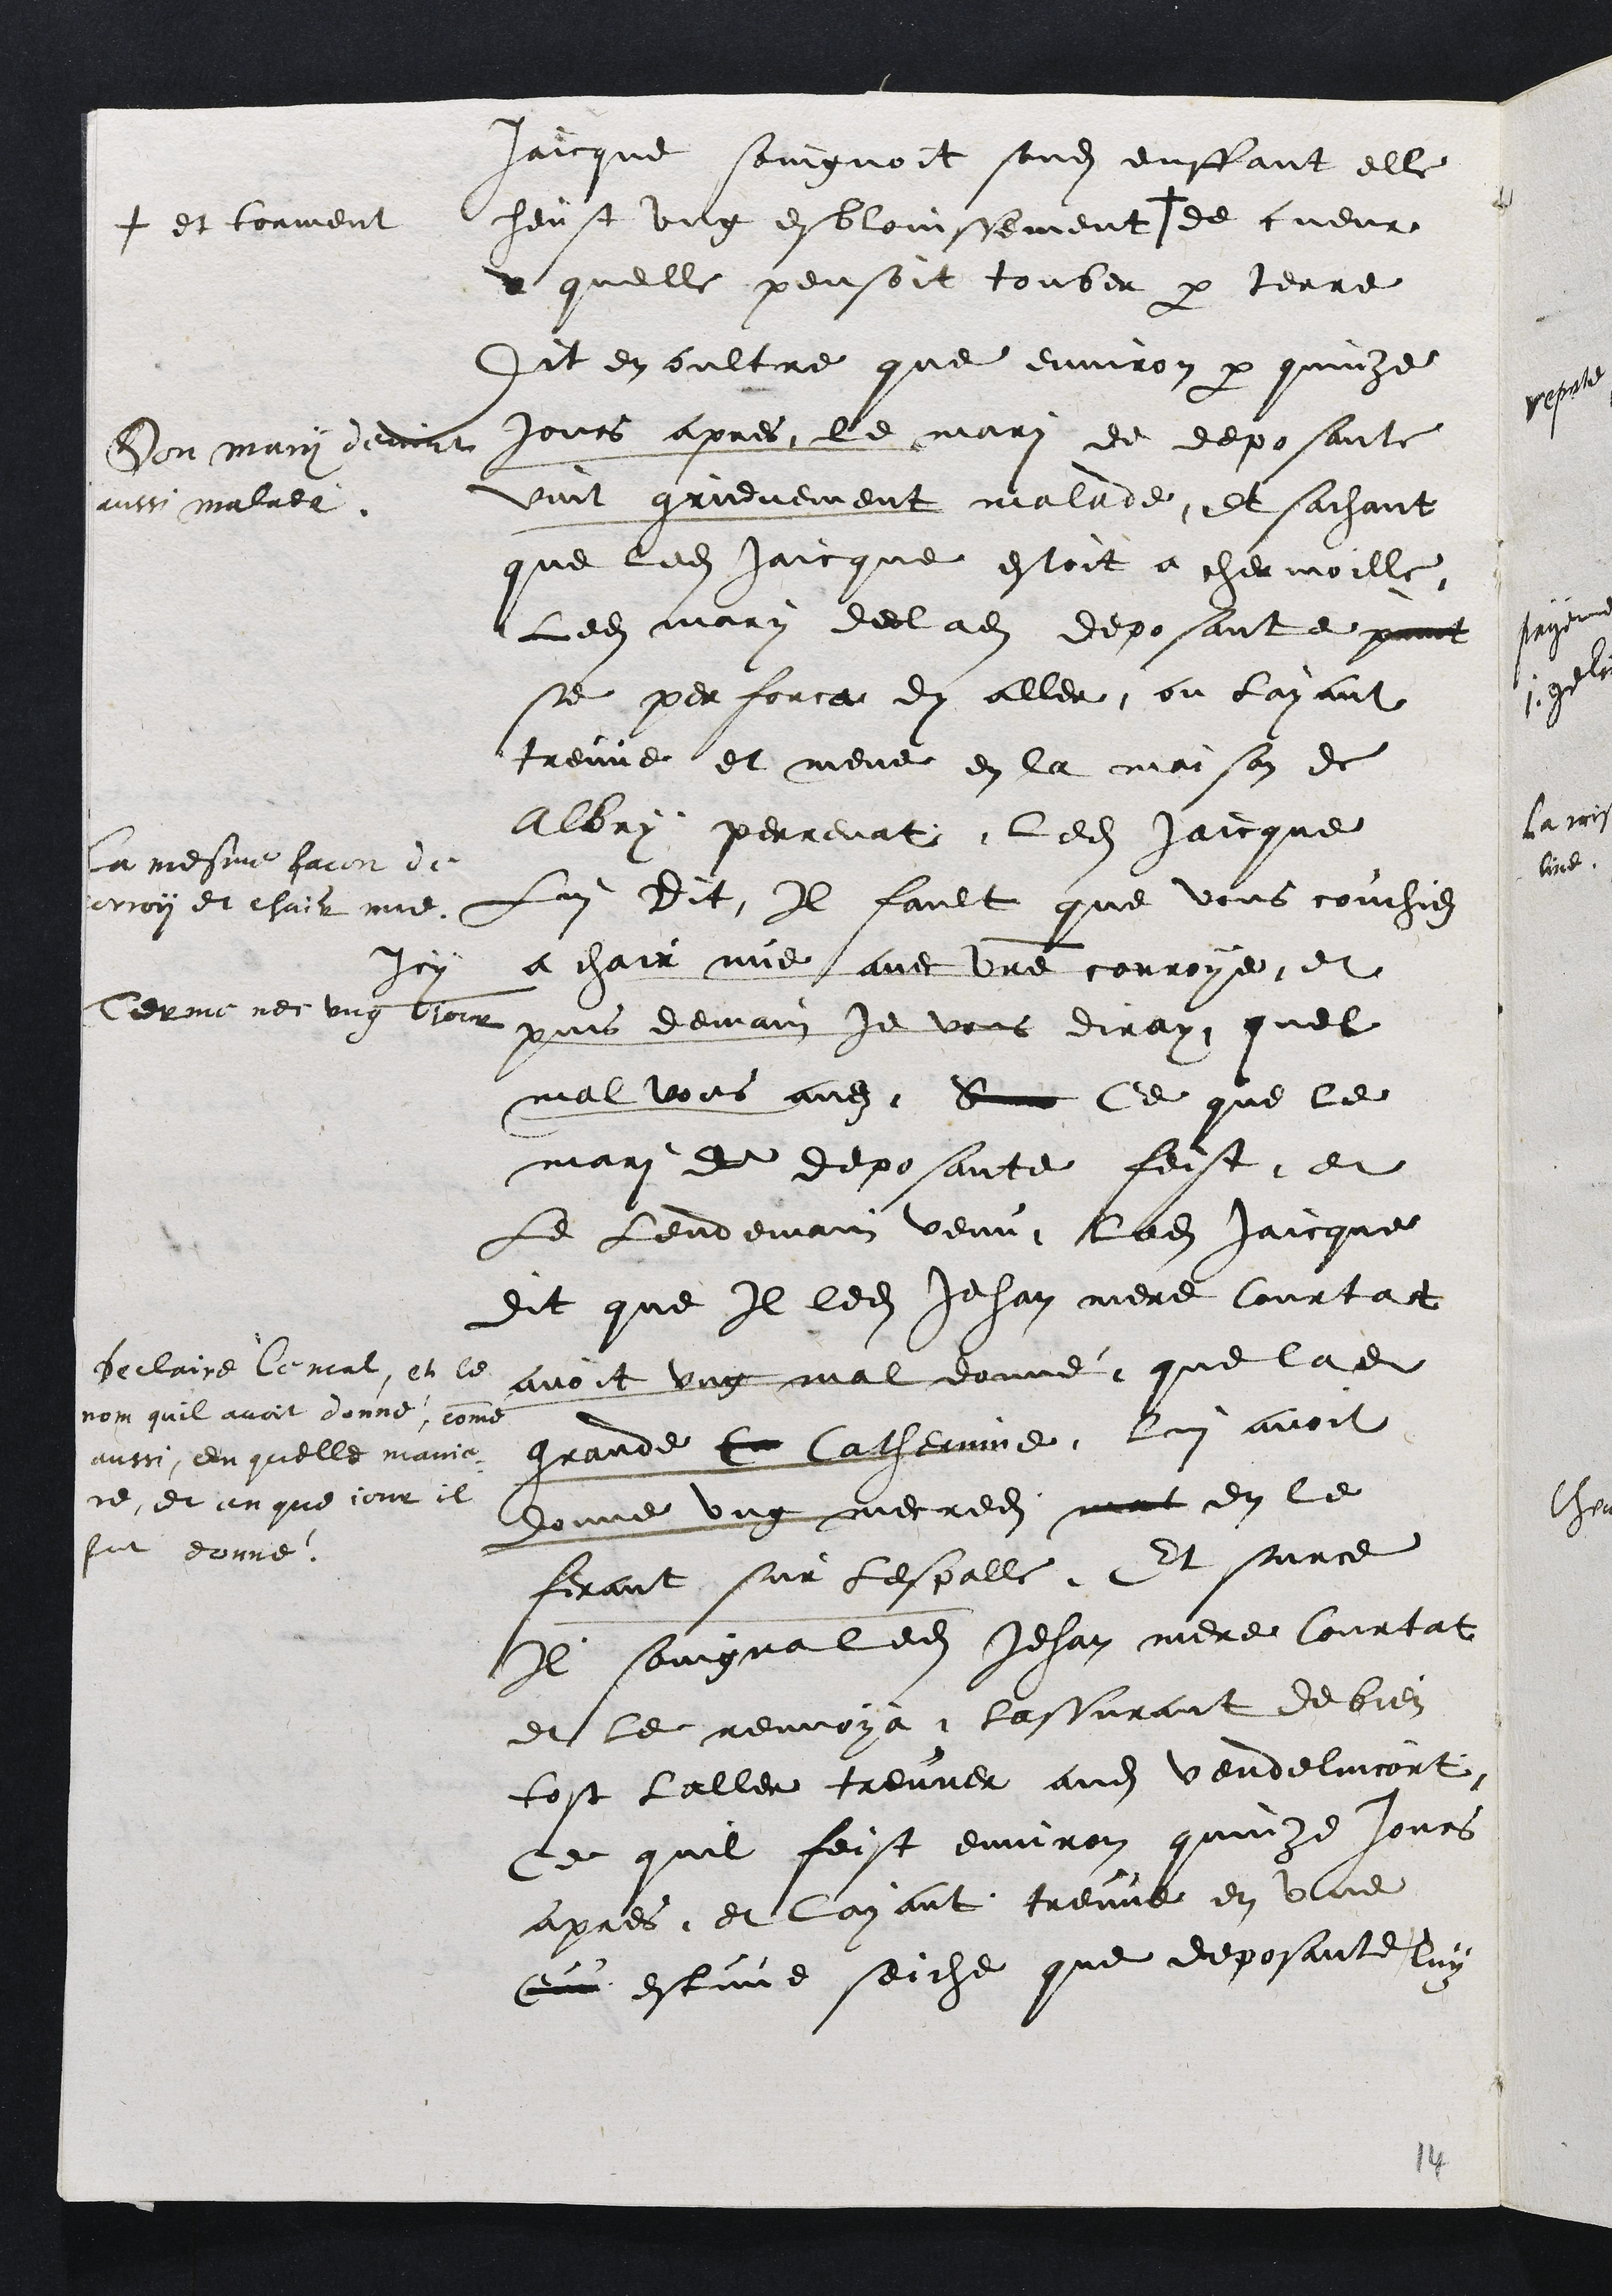
Jaicque soingnoit sondit enffant elle
heust ung esblouissement +
+ et torment
de cueur
quelle pensoit tonber par terre
Son mary devint
aussi malade
Dit en oultre que environ par quinze
jours apres le mari de deposante
vint grievement malade
La mesme facon de
corroy et chair nue
Et sachant
que ledit Jaicque estoit a chermoille
Ledit mary de ladite deposante print
se perforca dy aller ou layant
treuve et mene en la maison de
Albry perrenat ledit Jaicque
Lui dit Il fault que vous couchiez
Icy a chair nue avec vre couroye
Terme de ung jour
et
puis demain Je vous diray quel
mal vous avez Sinon Ce que le
mari de deposante feist.
Declaire le mal et le
nom quil avoit donne comme
aussi en quelle manie¬
re en quel jour il
fut donné.
Et
Le lendemain venu ledit Jaicque
dit que Il ledit Jehan mere Courtat
avoit ung mal donne que ladite
grande C Catherinne lui avoit
donne ung mercredi mat en le
ferant sur lespalle Et surce
Il soingna ledit Jehan mere Courtat
et le renvoya lassurant de bien
tost laller treuver audit Vendelincort
Ce quil feist environ quinze jours
apres et layant treuve en une
Ou estuve seiche que deposante luy

14